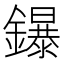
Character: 鑤